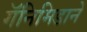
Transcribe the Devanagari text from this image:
गॅनिमिडाने